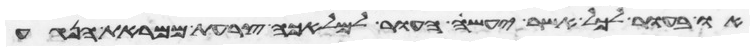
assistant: או בעור לכל אשר יעשה העור למלאכה צרעת ממראת הנגע